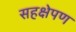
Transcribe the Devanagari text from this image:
सहक्षेपण